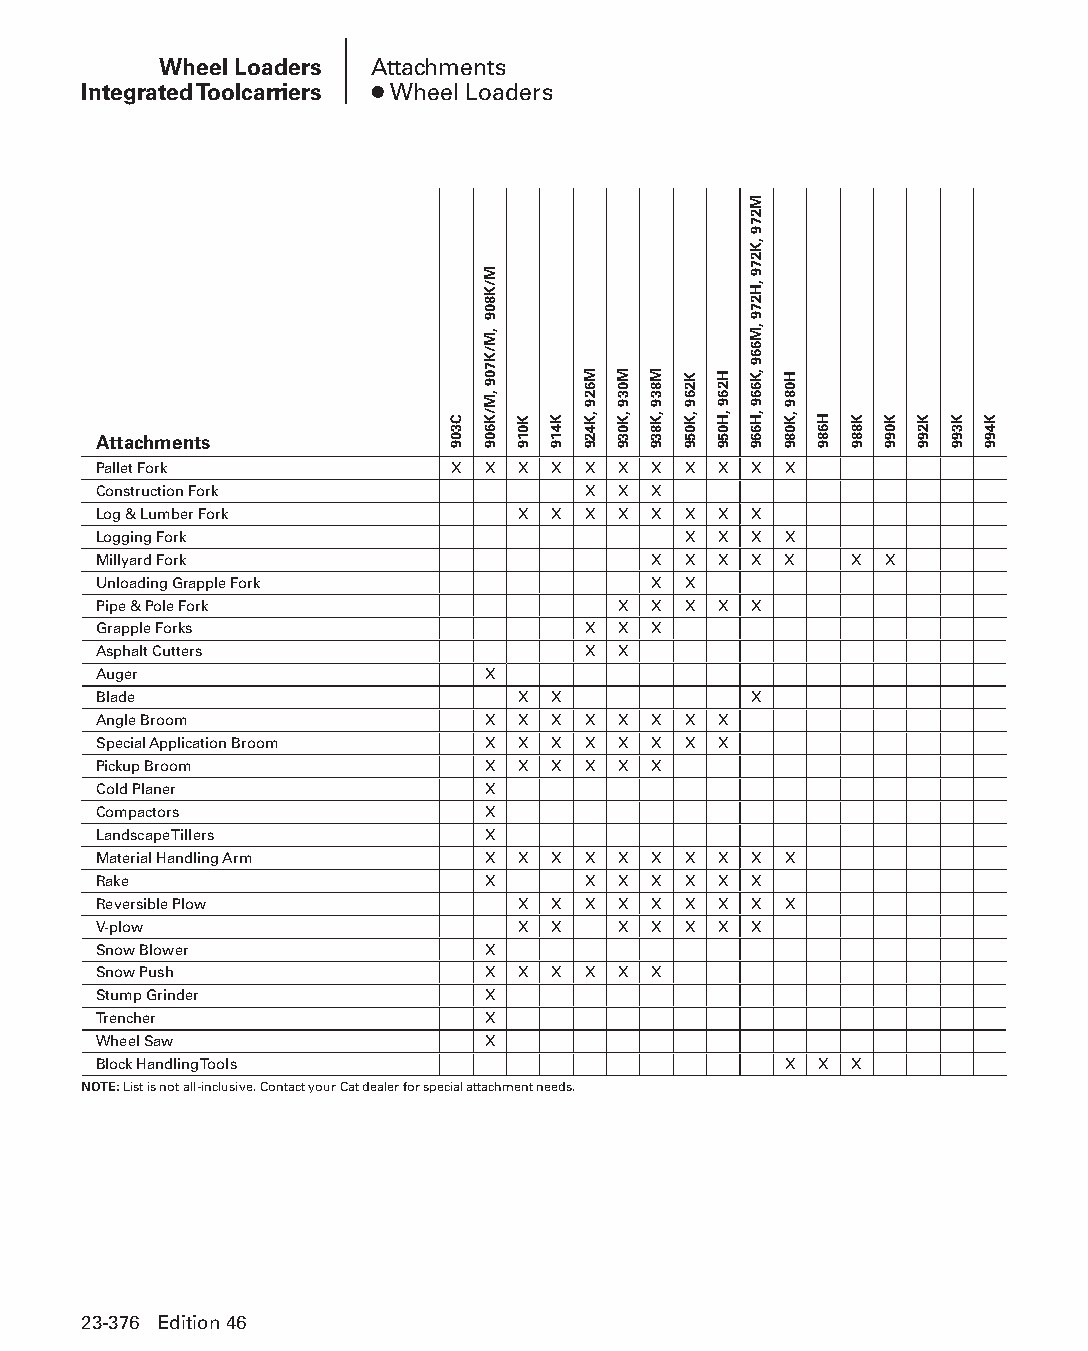
Wheel Loaders Attachments
 Integrated Toolcarriers ● Wheel Loaders
 Attachments
 Pallet Fork            X X  X X X X X  X X X X
 Construction Fork               X X X
 Log & Lumber Fork           X X X X X  X X X
 Logging Fork                           X X X X
 Millyard Fork                       X  X X X X    X X
 Unloading Grapple Fork              X  X
 Pipe & Pole Fork                  X X  X X X
 Grapple Forks                   X X X
 Asphalt Cutters                 X X
 Auger                    X
 Blade                       X X            X
 Angle Broom              X  X X X X X  X X
 Special Application Broom X X X X X X  X X
 Pickup Broom             X  X X X X X
 Cold Planer              X
 Compactors               X
 Landscape Tillers        X
 Material Handling Arm    X  X X X X X  X X X X
 Rake                     X      X X X  X X X
 Reversible Plow             X X X X X  X X X X
 V-plow                      X X   X X  X X X
 Snow Blower              X
 Snow Push                X  X X X X X
 Stump Grinder            X
 Trencher                 X
 Wheel Saw                X
 Block Handling Tools                         X  X X
 NOTE: List is not all-inclusive. Contact your Cat dealer for special attachment needs.
 23-376 Edition 46
 PPHHBB--SSeecc2233((ppgg332255--338800))..iinndddd 337766      1122//44//1155 1111::1133 AAMM
 C309
 M/K809
 ,M/K709
 ,M/K609
 K019 K419
 M629
 ,K429
 M039
 ,K039
 M839
 ,K839
 K269
 ,K059
 H269
 ,H059
 M279
 ,K279
 ,H279
 ,M669
 ,K669
 ,H669
 H089
 ,K089 H689 K889 K099 K299 K399 K499